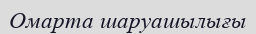
Омарта шаруашылығы